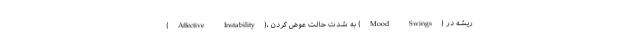
(Affective Instability)، به شدت حالت عوض کردن (Mood Swings) ریشه در